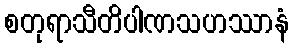
စတုရာသီတိပါဏသဟဿာနံ